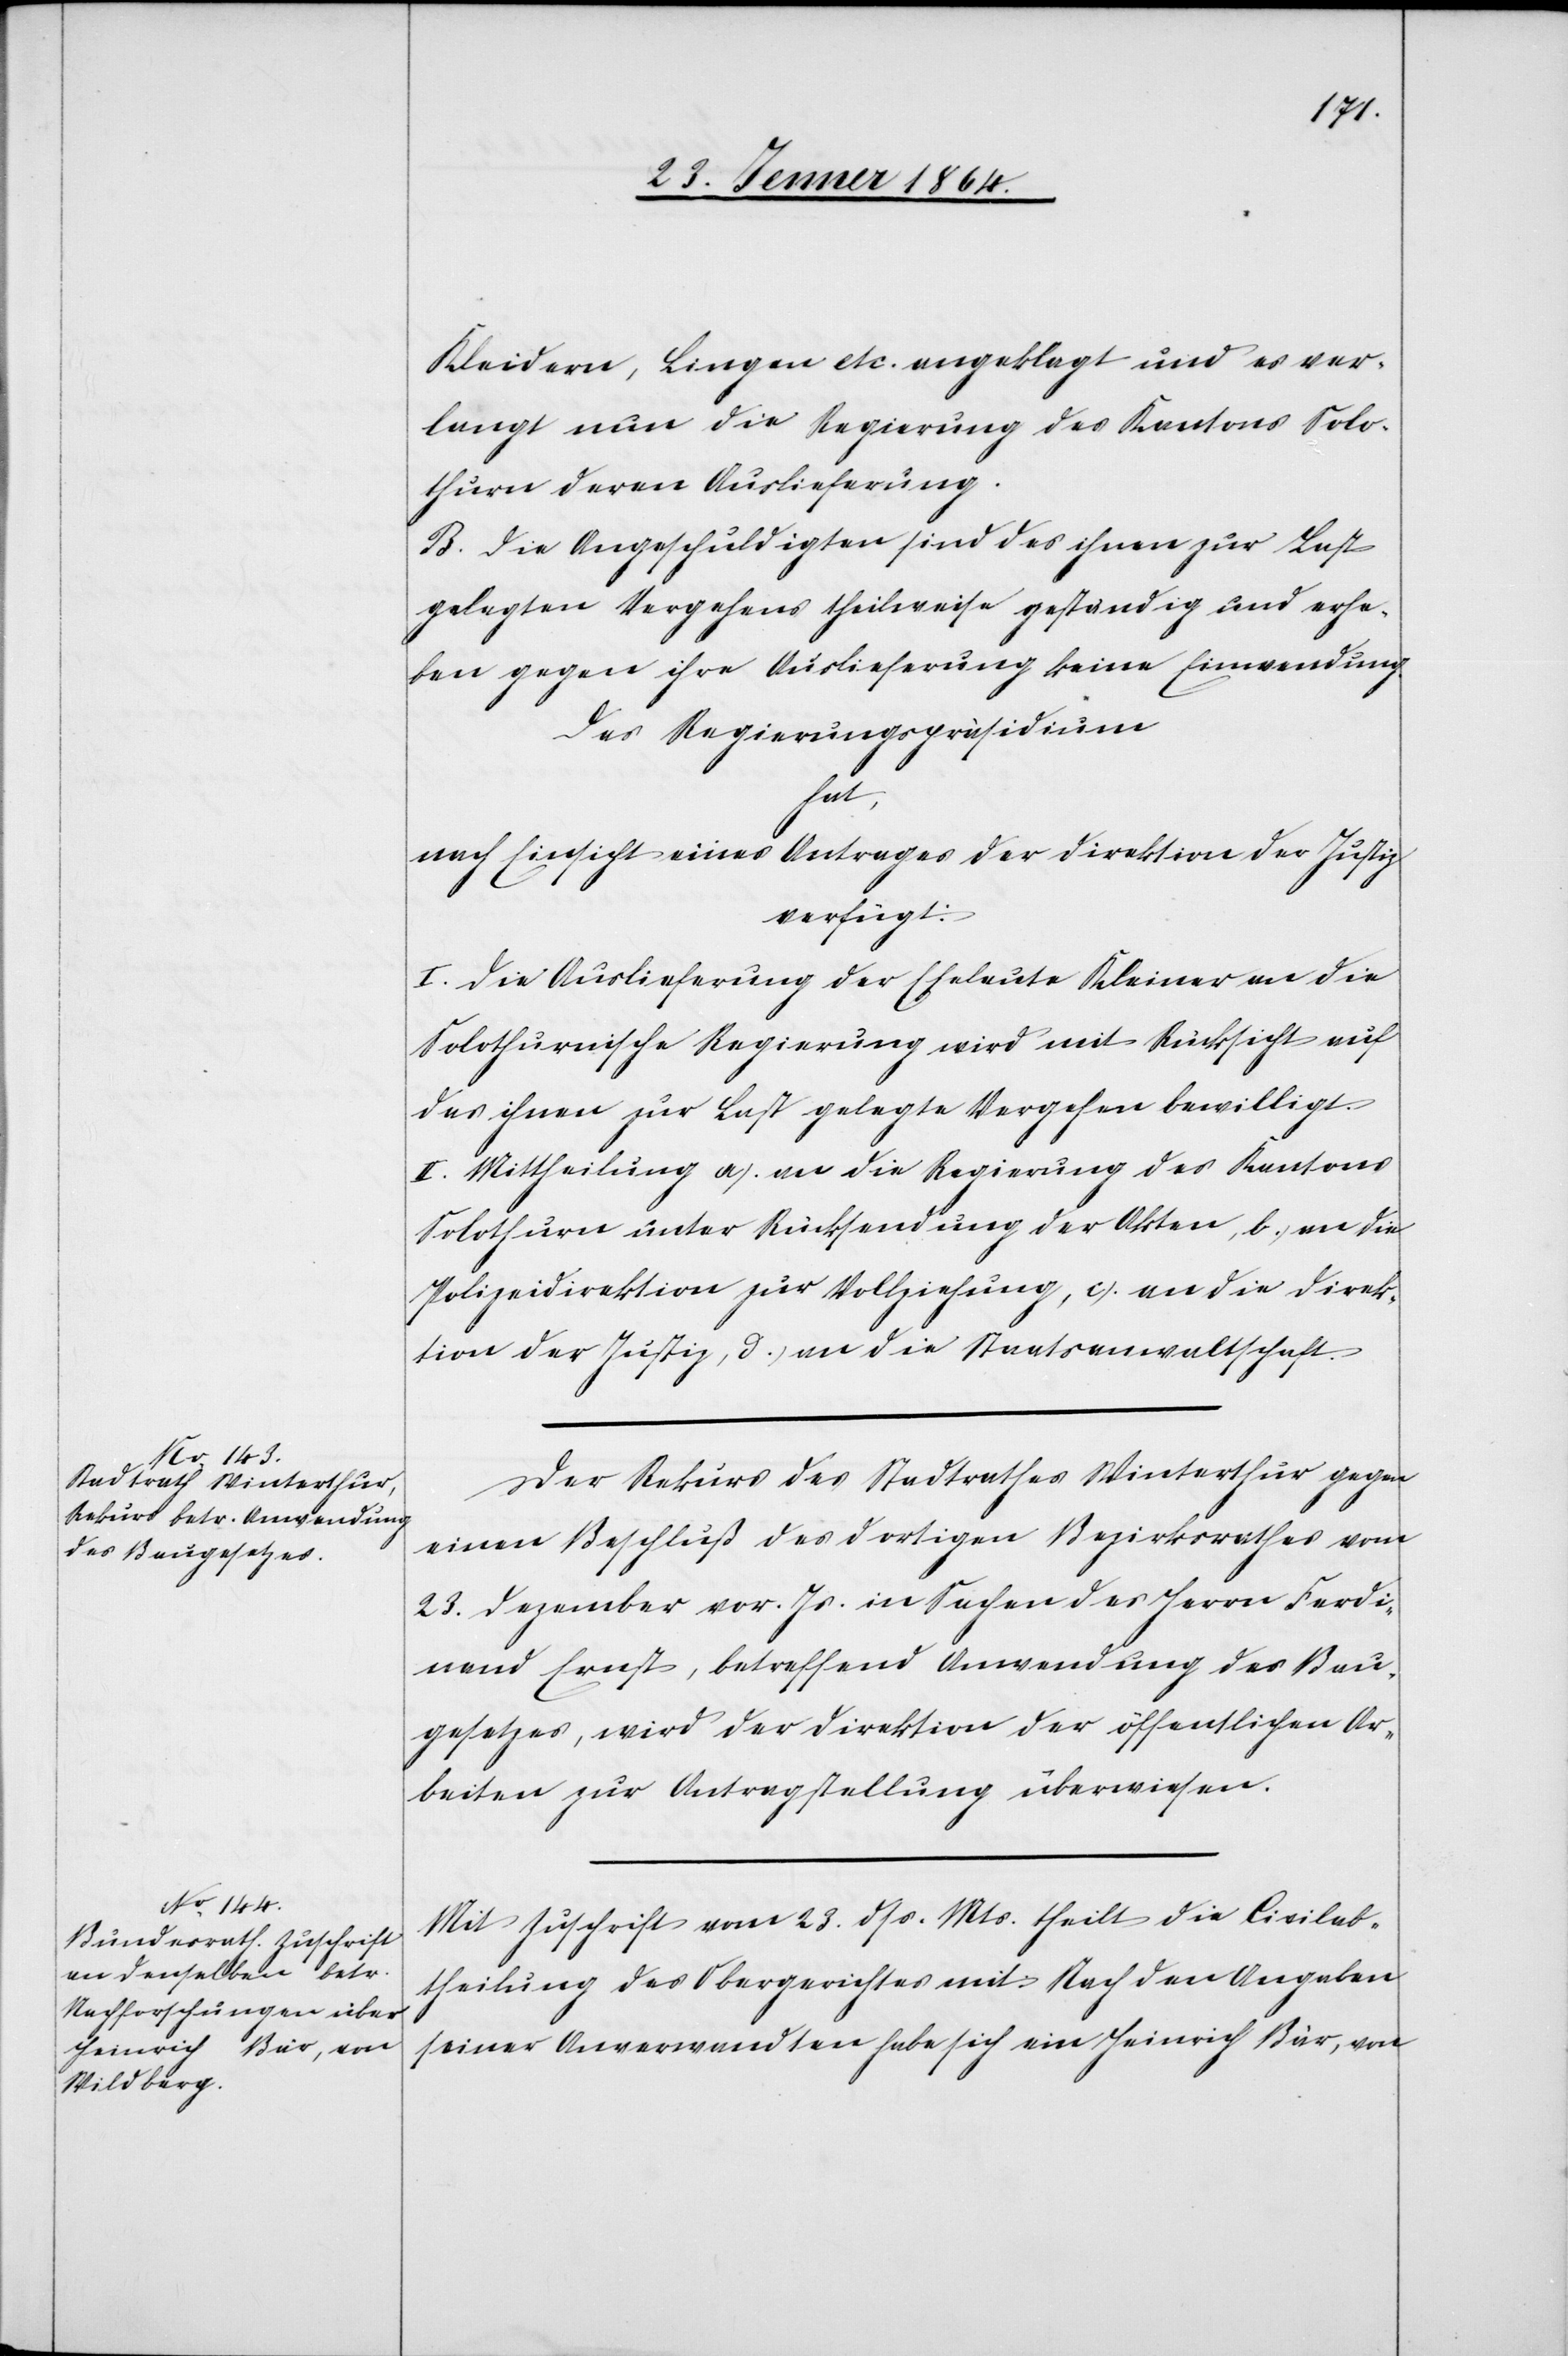
28. Jenner 1864.]
Kleidern, Lingen etc. angeklagt und es ver¬
langt nun die Regierung des Kantons Solo¬
thurn deren Auslieferung.
B. Die Angeschuldigten sind des ihnen zur Last
gelegten Vergehens theilweise geständig und erhe¬
ben gegen ihre Auslieferung keine Einwendung.
Das Regierungspräsidium
hat,
nach Einsicht eines Antrages der Direktion der Justiz
verfügt:
I. Die Auslieferung der Eheleute Kleiner an die
Solothurnische Regierung wird mit Rücksicht auf
das ihnen zur Last gelegte Vergehen bewilligt.
II. Mittheilung a.) an die Regierung des Kantons
Solothurn unter Rücksendung der Akten, b.) an die
Polizeidirektion zur Vollziehung, c.) an die Direk¬
tion der Justiz, d.) an die Staatsanwaltschaft.
Der Rekurs des Stadtrathes Winterthur gegen
einen Beschluß des dortigen Bezirksrathes vom
23. Dezember vor. Js. in Sachen des Herrn Ferdi¬
nand Ernst, betreffend Anwendung des Bau¬
gesetzes, wird der Direktion der öffentlichen Ar¬
beiten zur Antragstellung überwiesen.
Mit Zuschrift vom 23. dss. Mts. theilt die Civilab¬
theilung des Obergerichtes mit: Nach den Angaben
seiner Anverwandten habe sich ein Heinrich Bär, von